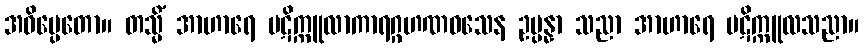
အဓိပ္ပေတော။ တသ္မိံ အာဟာရေ ပဋိက္ကူလာကာရဂ္ဂဟဏဝသေန ဥပ္ပန္နာ သညာ အာဟာရေ ပဋိက္ကူလသညာ။